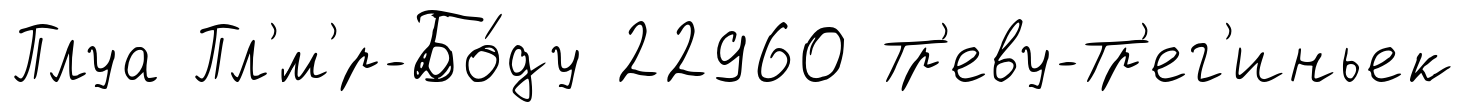
Плуа Пл'́м'р-Бо́ду 22960 Тр'еву-Тр'ег'иньек